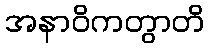
အနာဝိကတွာတိ